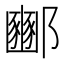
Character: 𮠓